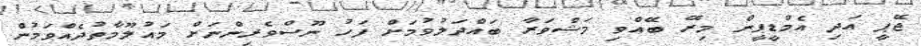
ޖޭޕީ އަދި އެމްޑީޕީން މިރޭ ބޭއްވި މަޝްވަރާ ބައްދަލުވުމަށް ފަހު ނޫސްވެރިންނަށް މައުލޫމާތުދެއްވަމުން